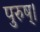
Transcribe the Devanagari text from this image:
पुरुष्।